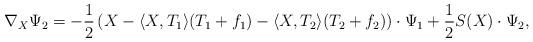
LaTeX: \begin{align*}\nabla_X\Psi_2=-\frac{1}{2}\left(X-\langle X,T_1\rangle (T_1+f_1)-\langle X,T_2\rangle (T_2+f_2)\right)\cdot\Psi_1+\frac{1}{2}S(X)\cdot\Psi_2,\end{align*}